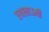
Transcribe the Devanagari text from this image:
एयलाऊची